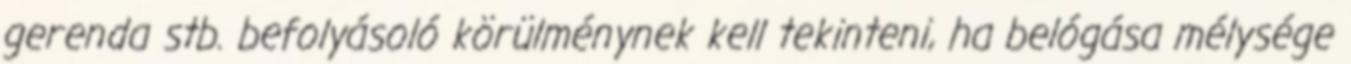
gerenda stb. befolyásoló körülménynek kell tekinteni, ha belógása mélysége